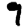
Digit: 9